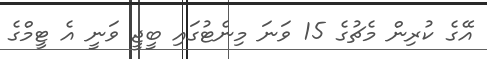
އޭގެ ކުރިން މެޗުގެ 15 ވަނަ މިނެޓުގައި ބީޖީ ވަނީ އެ ޓީމްގެ